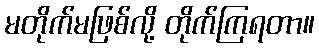
မတိုက်မဖြစ်လို့ တိုက်ကြရတာ။